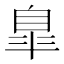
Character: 臯